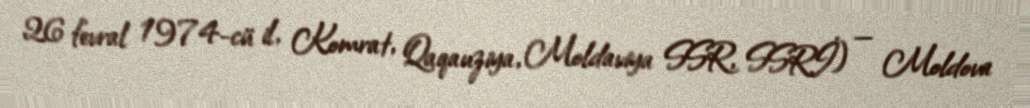
26 fevral 1974-cü il, Komrat, Qaqauziya, Moldaviya SSR, SSRİ) — Moldova